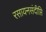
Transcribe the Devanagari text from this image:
रसायनसंदीप्ति